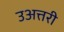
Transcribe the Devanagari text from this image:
उअत्तरी